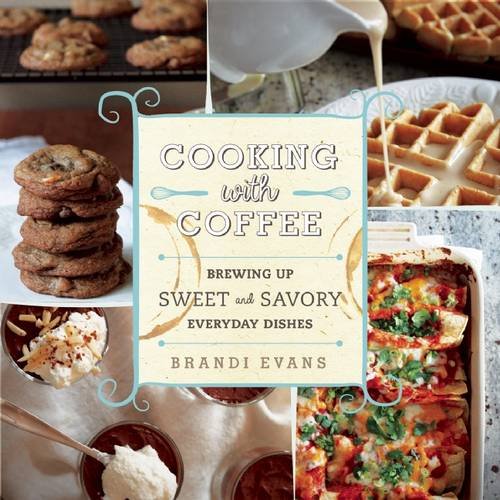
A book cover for Cooking with Coffee: Brewing Up Sweet and Savory Everyday Dishes; Brandi Evans; Cookbooks, Food & Wine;